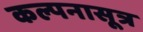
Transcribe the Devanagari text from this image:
कल्पनासूत्र